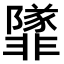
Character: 𩈁